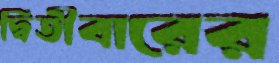
দ্বিতীবারের